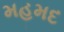
મહમદ